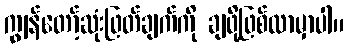
ကျွန်တော့်ဆုံးဖြတ်ချက်ကို ချဖို့ဖြစ်လာမှာပါ။